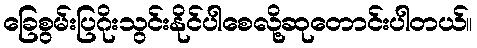
ခြေစွမ်းပြဂိုးသွင်းနိုင်ပါစေလို့ဆုတောင်းပါတယ်။